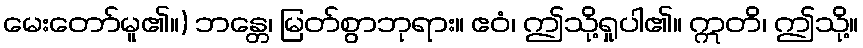
မေးတော်မူ၏။) ဘန္တေ၊ မြတ်စွာဘုရား။ ဧဝံ၊ ဤသို့ရှုပါ၏။ ဣတိ၊ ဤသို့။